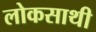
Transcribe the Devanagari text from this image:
लोकसाथी